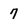
Character: 7